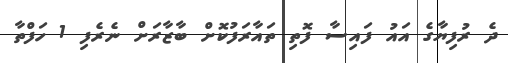
ދެ ރުފިޔާގެ އައު ފައިސާ ފޮތި ތައާރަފުކޮށް ބާޒާރަށް ނެރެފި 1 ހަފްތާ